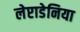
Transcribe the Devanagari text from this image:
लेप्टाडेनिया